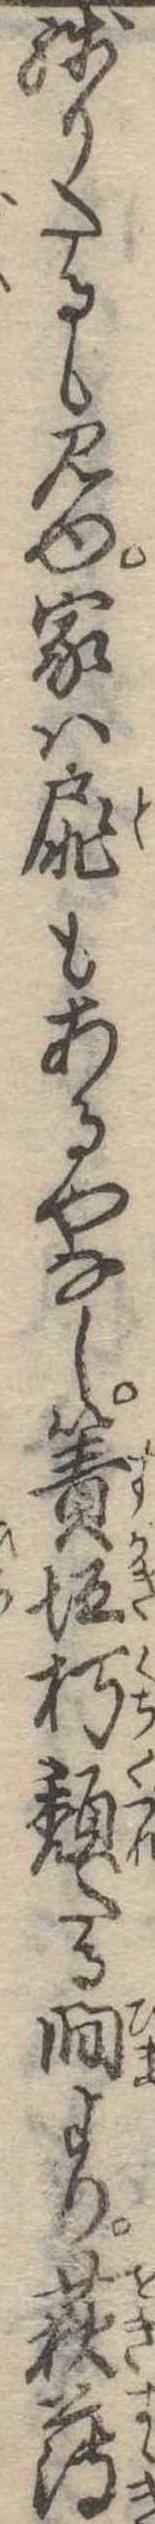
残りたるも見ゆ家は扉もあるやなし簀垣朽頽たる間より荻薄